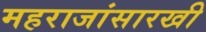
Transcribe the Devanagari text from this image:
महराजांसारखी